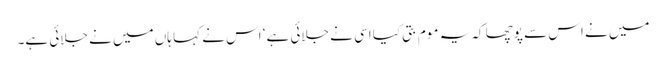
میں نے اس سے پوچھا کہ یہ موم بتی کیا اسی نے جلائی ہے‘ اس نے کہا ہاں میں نے جلائی ہے۔